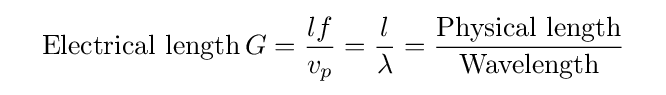
\quad {\text{Electrical length}}\,G={lf \over v_{p}}={l \over \lambda }={{\text{Physical length}} \over {\text{Wavelength}}}\quad